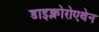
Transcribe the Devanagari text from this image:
डाइक्लोरोएथेन